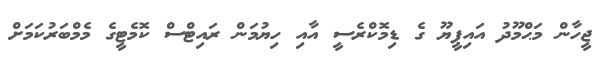
ޖީހާން މަޙްމޫދު އައިޕީޔޫ ގެ ޑިމޮކްރެސީ އާއި ހިޔުމަން ރައިޓްސް ކޮމެޓީގެ މެމްބަރުކަމަށް